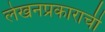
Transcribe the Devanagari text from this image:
लेखनप्रकाराची